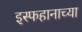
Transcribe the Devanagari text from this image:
इस्फहानाच्या